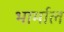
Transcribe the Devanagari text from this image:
भार्माल